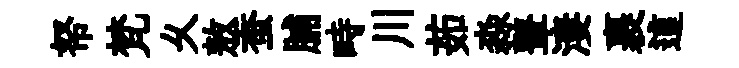
帑梵乆敖蚕脯畤川茹淼鼙淒裹這